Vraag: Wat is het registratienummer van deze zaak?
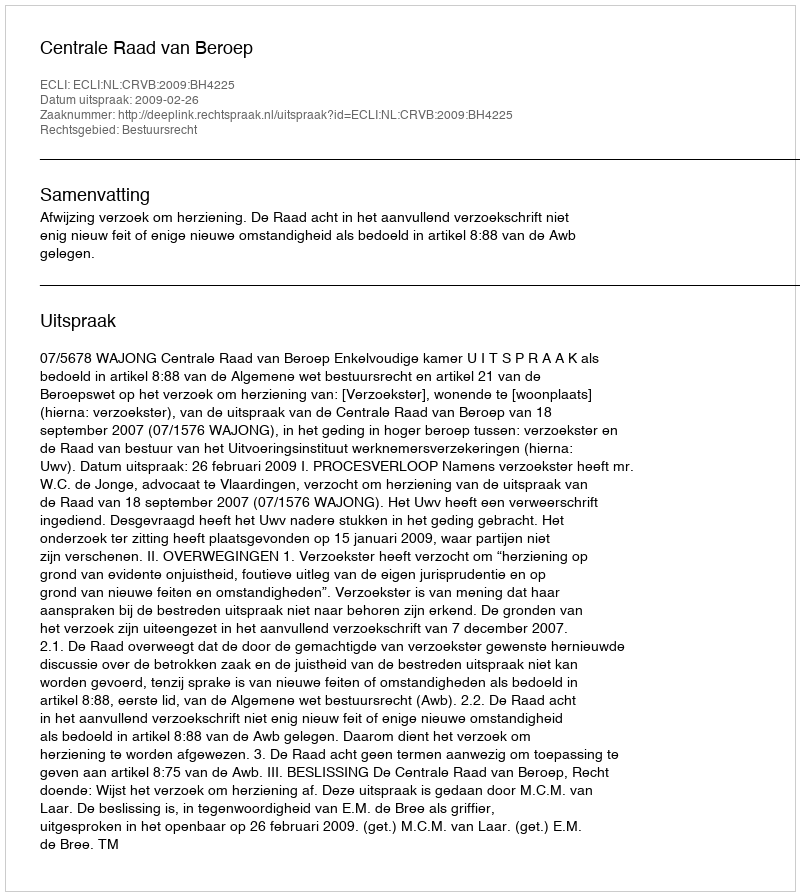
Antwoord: http://deeplink.rechtspraak.nl/uitspraak?id=ECLI:NL:CRVB:2009:BH4225